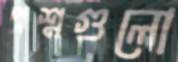
প্রশ্নগুলো